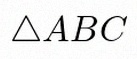
\triangle ABC